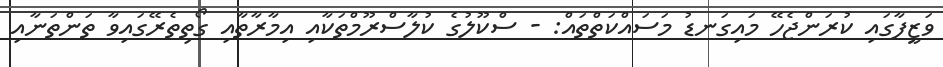
ވަޒީފާގައި ކުރަންޖެހޭ މައިގަނޑު މަސައްކަތްތައް: - ސްކޫލުގެ ކުލާސްރޫމްތަކާއި އިމާރާތާއި ގޯތިތެރޭގައިވާ ތަންތަނާއި